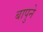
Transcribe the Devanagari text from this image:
बापुने